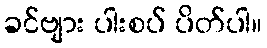
ခင်ဗျား ပါးစပ် ပိတ်ပါ။